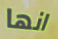
انها